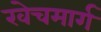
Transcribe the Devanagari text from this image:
खेचमार्ग